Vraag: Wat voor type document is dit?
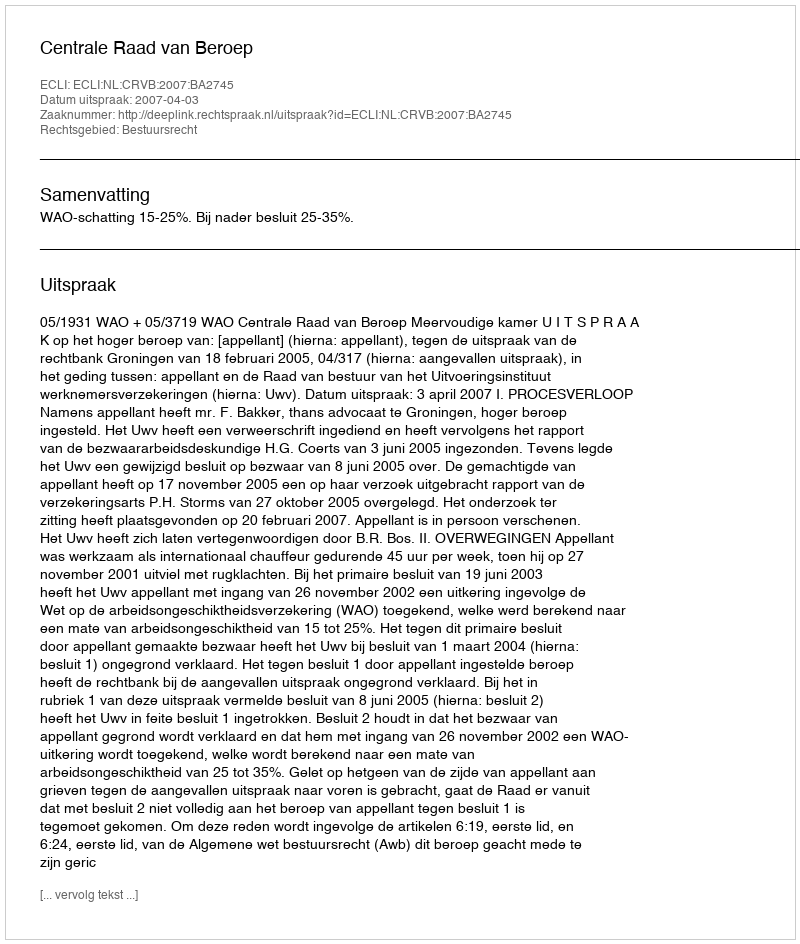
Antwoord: Uitspraak